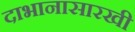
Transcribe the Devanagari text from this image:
दाभानासारखी